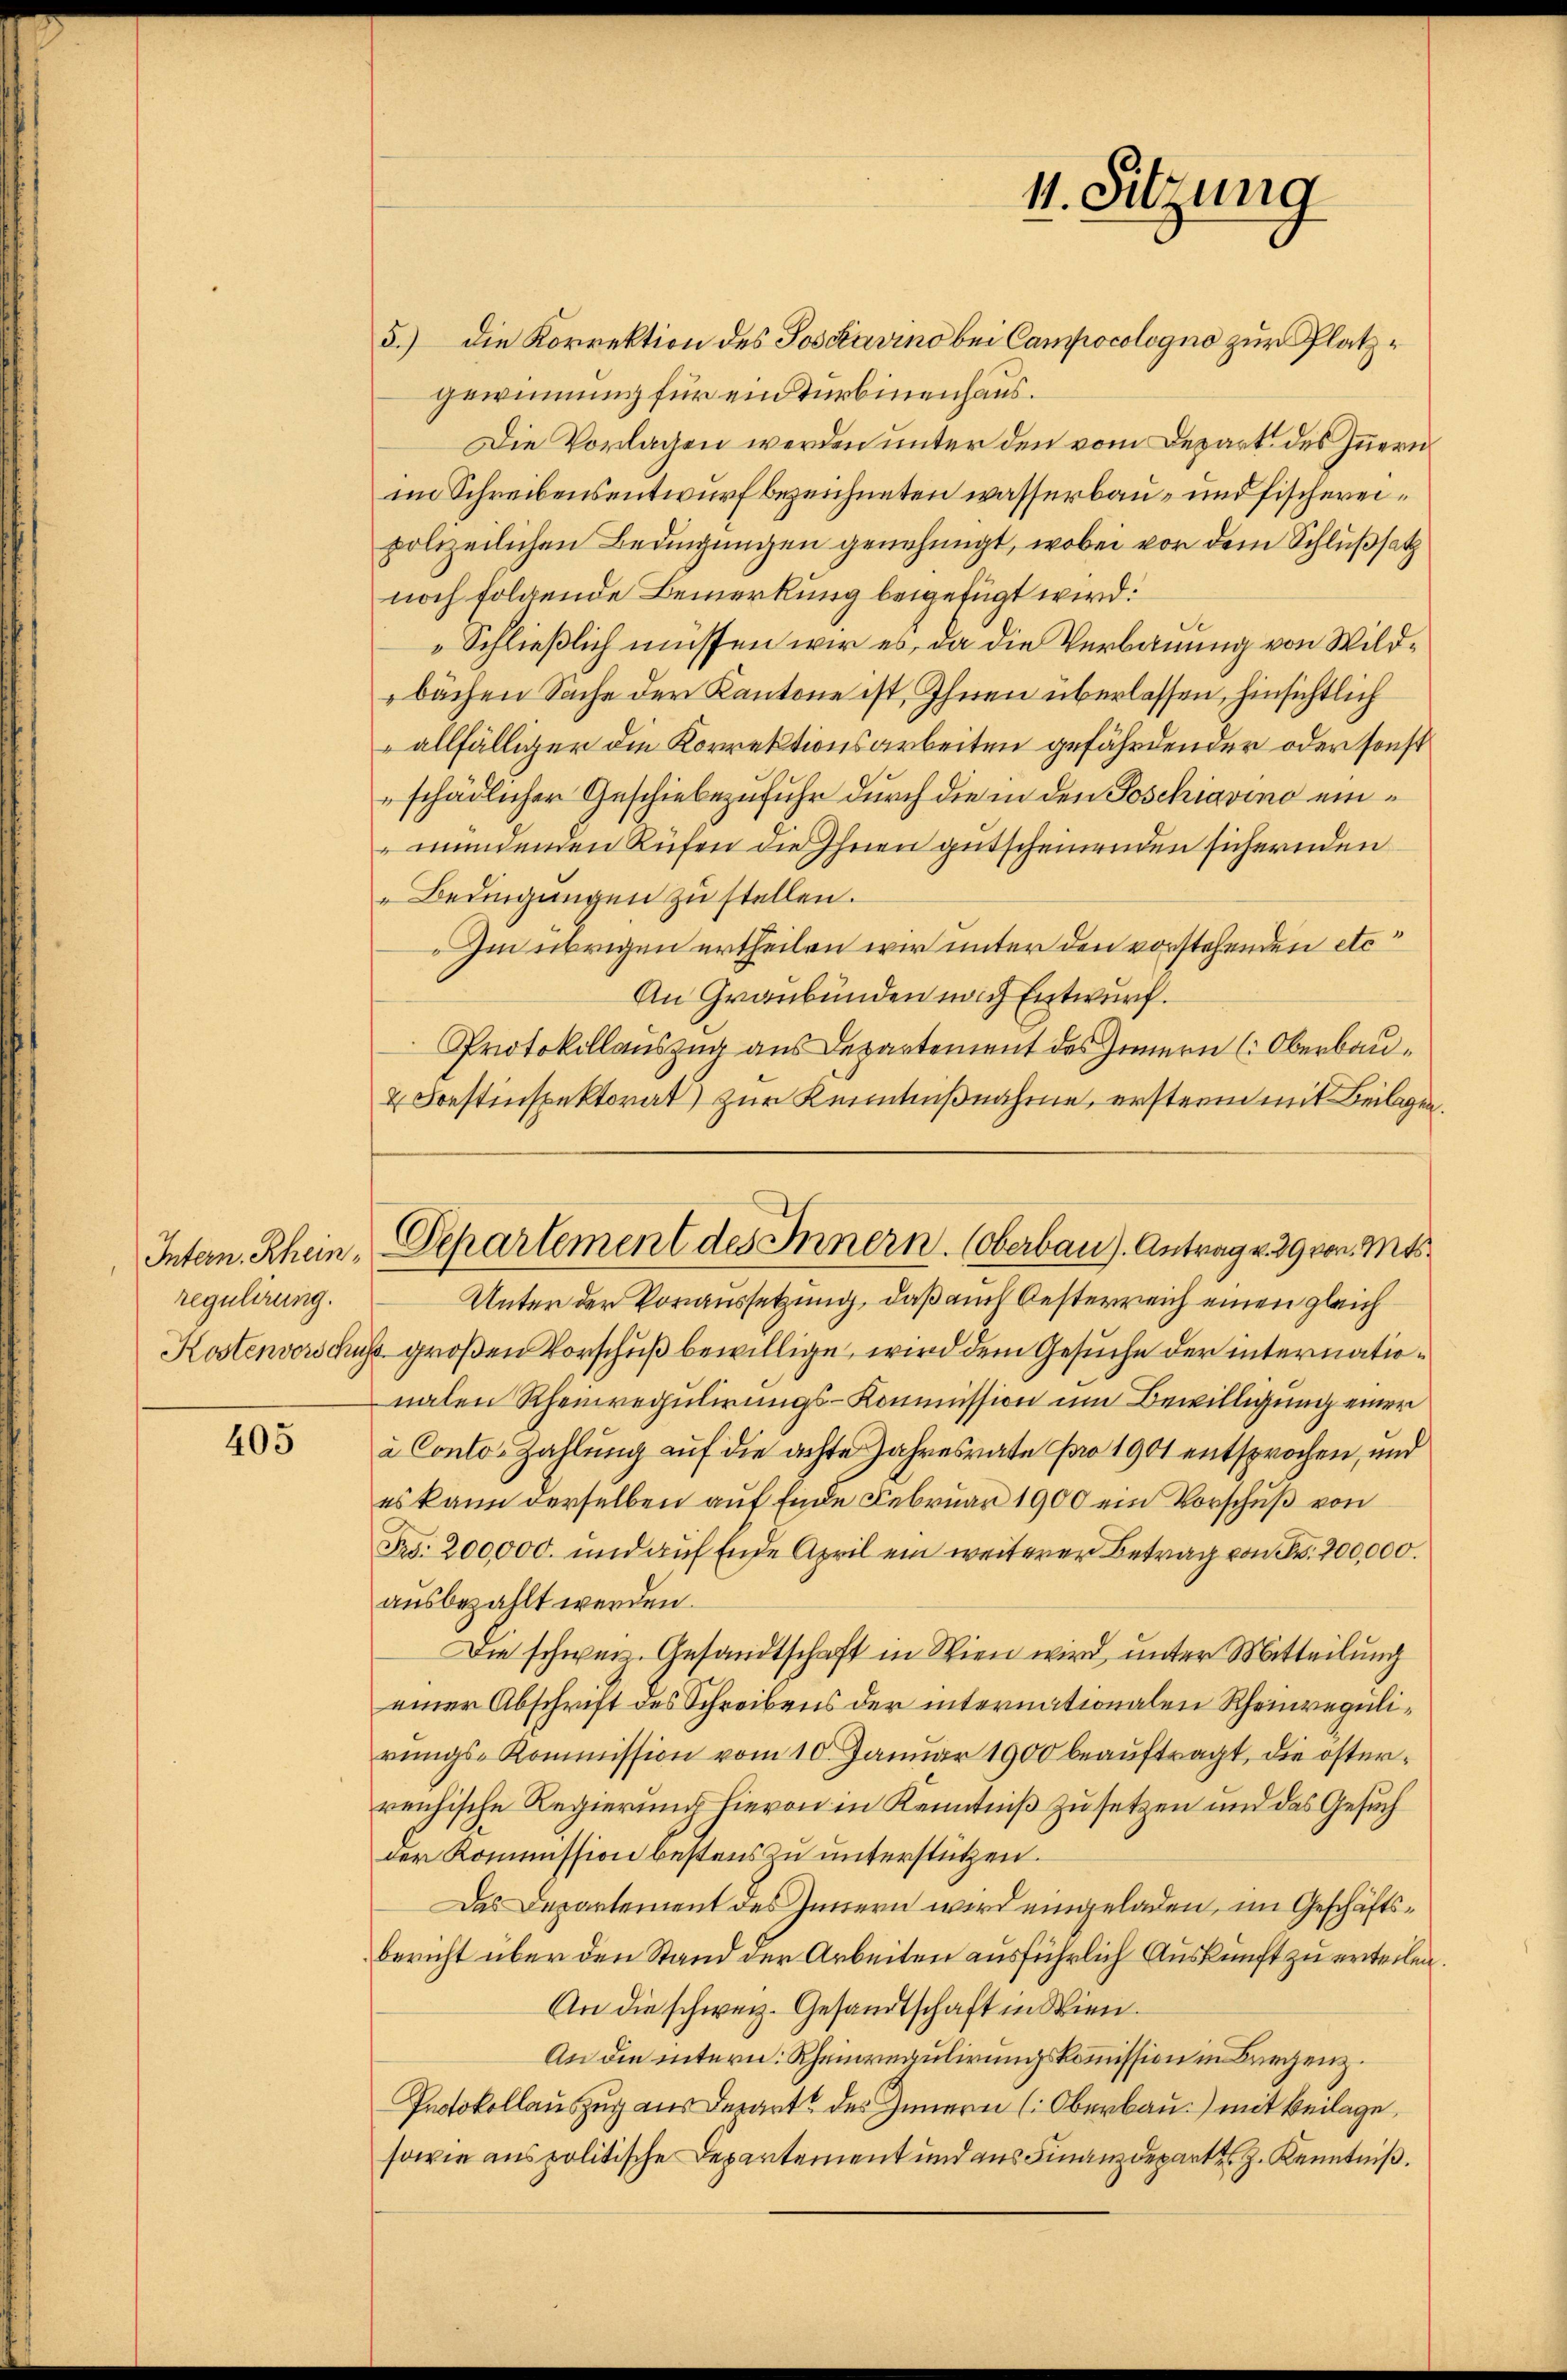
Intern. Rheinregulirung.
Kostenvorschu

405

2 Sonstinspektorat) zur Kenntnißnahme, erstern mit Beilagen

11. Sitzung

5.) Die Korrektion des Toscavino bei Campocologno zur Platzgewinnung für ein Turbinenhaus.
Die Vorlagen werden unter den vom Depart des Innern
im Schreibensentwurf bezeichneten wasserbau- und Fischereipolizeilichen Bedingungen genehmigt, wobei vor dem Schlußsatz
noch folgende Bemerkung beigefügt wird:
Schließlich müssen wir es, da die Verbauung von Wildbächen Sache der Kantone ist, Ihnen überlassen, hinsichtlich
 allfälliger die Korrektionsarbeiten gefährdender oder sonst
schädlicher Geschiebe zufuhr durch die in den Poschiavino einmundenden Rüfen die Ihnen gutscheinenden sichernden
" Bedingungen zu stellen.
Im übrigen ertheilen wir unter den vorstehenden etc.
An Graubünden nach Entwurf.
Protokollauszug aus Departement des Innern (Oberbau¬
Unter der Voraussetzung, daß auch Oesterreich einen gleich
s großen Vorschuß bewillige, wird dem Gesuche der internationalen Rheinregulirungs-Kommission um Bewilligung einer
à Conto- Zahlung auf die achte Jahresrate pro 1901 entsprochen, und
es kann derselben auf Ende Februar 1900 ein Vorschuß von
Fr. 200,000. und auf Ende April ein weiterer Betrag von Fr. 200,000.
ausbezahlt werden.
Die schweiz. Gesandtschaft in Wien wird, unter Mitteilung
einer Abschrift des Schreibens der internationalen Rheinregulirungs-Kommission vom 10. Januar 1900 beauftragt, die österreichische Regierung hievon in Kenntniß zusetzen und das Gesuch
der Kommission bestens zu unterstützen.
Das Departement des Innern wird eingeladen, im Geschäftsbericht über den Stand der Arbeiten ausführlich Auskunft zu erteilen
An die schweiz. Gesandtschaft in Wien.
An die intern: Rheinregulirungskommission in Bregenz.
Protokollauszug aus derart des Innern (Oberbau) mit Beilage,
sowie aus politische Departement und aus Finanzdeparte z. Kenntniß.

Departement des Innern. (Oberbau). Antrag v. 29 von Mis¬